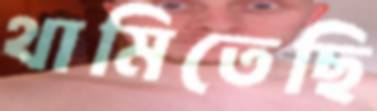
থামিতেছি